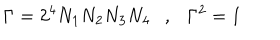
\Gamma = 2 ^ { 4 } N _ { 1 } N _ { 2 } N _ { 3 } N _ { 4 } , \Gamma ^ { 2 } = 1